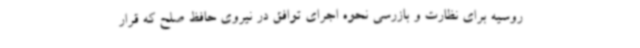
روسیه برای نظارت و بازرسی نحوه اجرای توافق در نیروی حافظ صلح که قرار